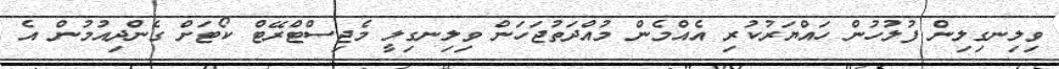
ވިލިނގިލިން ފުލުހުން ހައްޔަރުކުރި އެއްމެން މުއްދަތުޖަހަން ވިލިނގިލީ މެޖިސްޓްރޭޓް ކޯޓަށް ގެންދިއުމުން އެ